Annual vaccination report of Bihar and Orissa - 1911-1928
Year: 1911
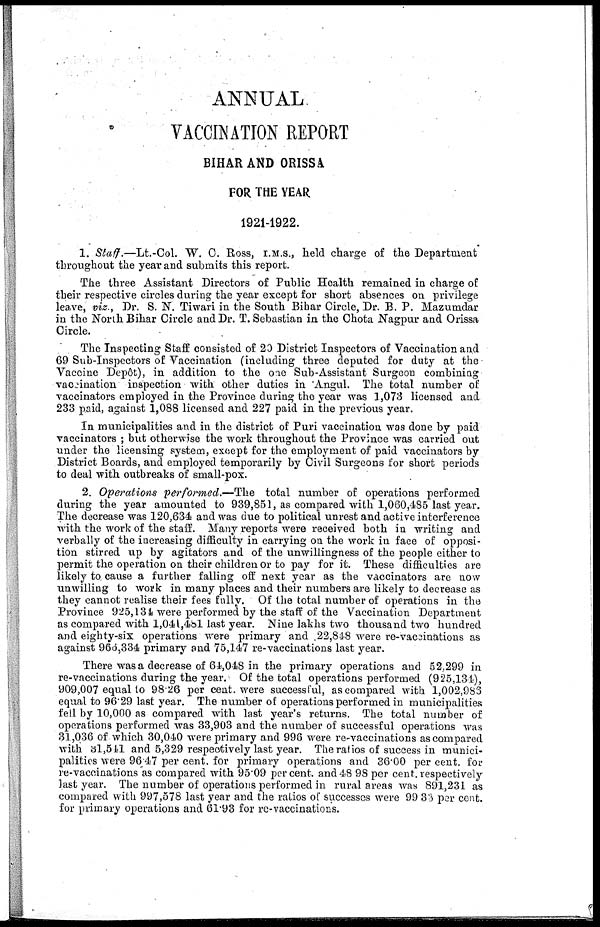
ANNUAL
VACCINATION REPORT
BIHAR AND ORISSA
FOR THE YEAR
1921-1922.
1. Staff.—Lt.-Col. W. C. Ross, I.M.S., held charge of the Department
throughout the year and submits this report.
The three Assistant Directors of Public Health remained in charge of
their respective circles during the year except for short absences on privilege
leave, viz., Dr. S. N. Tiwari in the South Bihar Circle, Dr. B. P. Mazumdar
in the North Bihar Circle and Dr. T. Sebastian in the Chota Nagpur and Orissa
Circle.
The Inspecting Staff consisted of 20 District Inspectors of Vaccination and
69 Sub-Inspectors of Vaccination (including three deputed for duty at the
Vaccine Depôt), in addition to the one Sub-Assistant Surgeon combining
vaccination inspection with other duties in Angul. The total number of
vaccinators employed in the Province during the year was 1,073 licensed and.
233 paid, against 1,088 licensed and 227 paid in the previous year.
In municipalities and in the district of Puri vaccination was done by paid
vaccinators ; but otherwise the work throughout the Province was carried out
under the licensing system, except for the employment of paid vaccinators by
District Boards, and employed temporarily by Civil Surgeons for short periods
to deal with outbreaks of small-pox.
2. Operations performed.— The total number of operations performed
during the year amounted to 939,851, as compared with 1,060,485 last year.
The decrease was 120,634 and was due to political unrest and active interference
with the work of the staff. Many reports were received both in writing and
verbally of the increasing difficulty in carrying on the work in face of opposi-
tion stirred up by agitators and of the unwillingness of the people either to
permit the operation on their children or to pay for it. These difficulties are
likely to. cause a further falling off next year as the vaccinators are now
unwilling to work in many places and their numbers are likely to decrease as
they cannot realise their fees fully. Of the total number of operations in the
Province 925,134 were performed by the staff of the Vaccination Department
as compared with 1,041,481 last year. Nine lakhs two thousand two hundred
and eighty-six operations were primary and 22,848 were re-vaccinations as
against 966,334 primary and 75,147 re-vaccinations last year.
There was a decrease of 64,048 in the primary operations and 52,299 in
re-vaccinations during the year. Of the total operations performed (925,134),
909,007 equal to 98.26 per cent. were successful, as compared with 1,002,986
equal to 96.29 last year. The number of operations performed in municipalities
fell by 10,000 as compared with last year's returns. The total number of
operations performed was 33,903 and the number of successful operations was
31,036 of which 30,040 were primary and 996 were re-vaccinations as compared
with 31,541 and 5,329 respectively last year. The ratios of success in munici-
palities were 96.47 per cent. for primary operations and 36.00 per cent. for
re-vaccinations as compared with 95.09 percent. and 48.98 per cent.respectively
last year. The number of operations performed in rural areas was 891,231 as
compared with 997,578 last year and the ratios of successes were 99.33 per cent.
for primary operations and 61.93 for re-vaccinations.